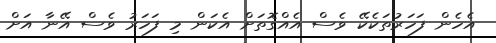
އެހެން ފަހަރުތަކެކޭ ވެސް އެއްގޮޮތަށް އެކަން މި ފަހަރު ވެސް އޭނާ އަށް